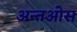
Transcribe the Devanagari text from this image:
अन्तओस